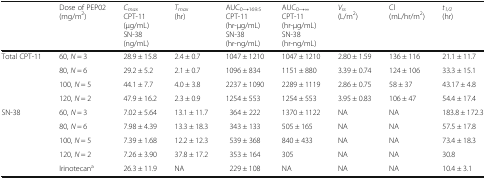
|  | Dose of PEP02(mg/m2) | CmaxCPT-11(μg/mL)SN-38(ng/mL) | Tmax(hr) | AUC0→169.5CPT-11(hr-μg/mL)SN-38(hr-ng/mL) | AUC0→∞CPT-11(hr-μg/mL)SN-38(hr-ng/mL) | Vss(L/m2) | Cl(mL/hr/m2) | t1/2(hr) |
 | --- | --- | --- | --- | --- | --- | --- | --- | --- |
 | <ROWSPAN=4> Total CPT-11 | 60, N = 3 | 28.9 ± 15.8 | 2.4 ± 0.7 | 1047 ± 1210 | 1047 ± 1210 | 2.80 ± 1.59 | 136 ± 116 | 21.1 ± 11.7 |
 | 80, N = 6 | 29.2 ± 5.2 | 2.1 ± 0.7 | 1096 ± 834 | 1151 ± 880 | 3.39 ± 0.74 | 124 ± 106 | 33.3 ± 15.1 |
 | 100, N = 5 | 44.1 ± 7.7 | 4.0 ± 3.8 | 2237 ± 1090 | 2289 ± 1119 | 2.86 ± 0.75 | 58 ± 37 | 43.17 ± 4.8 |
 | 120, N = 2 | 47.9 ± 16.2 | 2.3 ± 0.9 | 1254 ± 553 | 1254 ± 553 | 3.95 ± 0.83 | 106 ± 47 | 54.4 ± 17.4 |
 | <ROWSPAN=4> SN-38 | 60, N = 3 | 7.02 ± 5.64 | 13.1 ± 11.7 | 364 ± 222 | 1370 ± 1122 | NA | NA | 183.8 ± 172.3 |
 | 80, N = 6 | 7.98 ± 4.39 | 13.3 ± 18.3 | 343 ± 133 | 505 ± 165 | NA | NA | 57.5 ± 17.8 |
 | 100, N = 5 | 7.39 ± 1.68 | 12.2 ± 12.3 | 539 ± 368 | 840 ± 433 | NA | NA | 73.4 ± 18.3 |
 | 120, N = 2 | 7.26 ± 3.90 | 37.8 ± 17.2 | 353 ± 164 | 305 | NA | NA | 30.8 |
 |  | Irinotecana | 26.3 ± 11.9 | NA | 229 ± 108 | NA | NA | NA | 10.4 ± 3.1 |